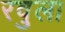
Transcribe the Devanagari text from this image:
रवुला